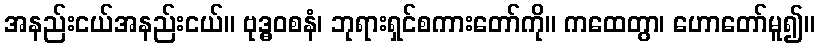
အနည်းငယ်အနည်းငယ်။ ဗုဒ္ဓဝစနံ၊ ဘုရားရှင်စကားတော်ကို။ ကထေတွာ၊ ဟောတော်မူ၍။